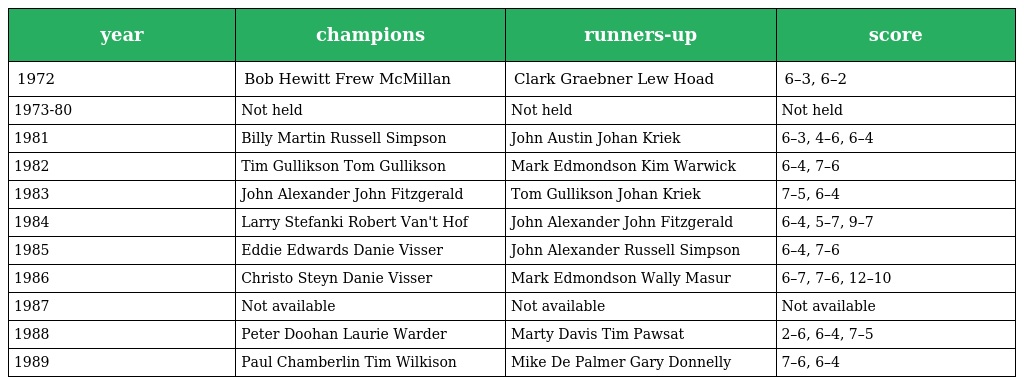
| year | champions | runners-up | score |
 | --- | --- | --- | --- |
 | 1972 | Bob Hewitt Frew McMillan | Clark Graebner Lew Hoad | 6–3, 6–2 |
 | 1973-80 | Not held | Not held | Not held |
 | 1981 | Billy Martin Russell Simpson | John Austin Johan Kriek | 6–3, 4–6, 6–4 |
 | 1982 | Tim Gullikson Tom Gullikson | Mark Edmondson Kim Warwick | 6–4, 7–6 |
 | 1983 | John Alexander John Fitzgerald | Tom Gullikson Johan Kriek | 7–5, 6–4 |
 | 1984 | Larry Stefanki Robert Van't Hof | John Alexander John Fitzgerald | 6–4, 5–7, 9–7 |
 | 1985 | Eddie Edwards Danie Visser | John Alexander Russell Simpson | 6–4, 7–6 |
 | 1986 | Christo Steyn Danie Visser | Mark Edmondson Wally Masur | 6–7, 7–6, 12–10 |
 | 1987 | Not available | Not available | Not available |
 | 1988 | Peter Doohan Laurie Warder | Marty Davis Tim Pawsat | 2–6, 6–4, 7–5 |
 | 1989 | Paul Chamberlin Tim Wilkison | Mike De Palmer Gary Donnelly | 7–6, 6–4 |